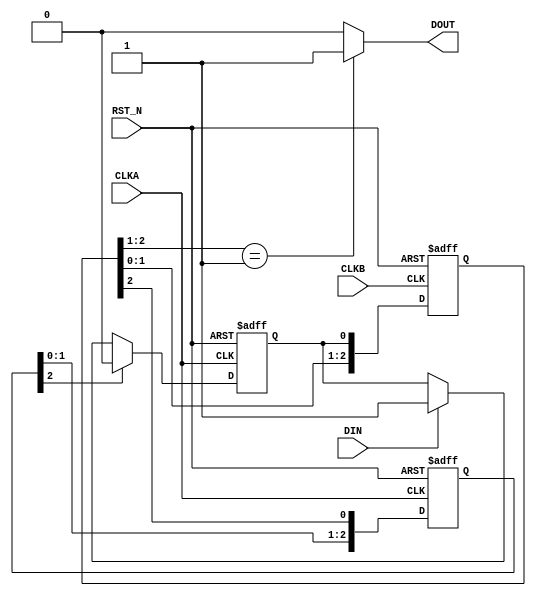
/*
 * Copyright (C)2014-2019 AQUAXIS TECHNOLOGY.
 *  Don't remove this header.
 * When you use this source, there is a need to inherit this header.
 *
 * License: MIT License
 *
 * For further information please contact.
 *	URI:    http://www.aquaxis.com/
 */
module aq_axi_sdma64_intreg
(
  input  RST_N,

  input  CLKA,
  input  DIN,

  input  CLKB,
  output DOUT
 );

  reg    data_in;
  reg [2:0] data_in_rst;
  reg [2:0] data_out;

  always @(posedge CLKA or negedge RST_N) begin
    if(!RST_N) begin
      data_in <= 1'b0;
      data_in_rst[2:0] <= 3'd0;
    end else begin
      if(data_in_rst[2]) begin
        data_in <= 1'b0;
      end else if(DIN) begin
        data_in <= 1'b1;
      end
      data_in_rst[2:0] <= {data_in_rst[1:0], data_out[2]};
    end
  end

  always @(posedge CLKB or negedge RST_N) begin
    if(!RST_N) begin
      data_out[2:0] <= 3'd0;
    end else begin
      data_out[2:0] <= {data_out[1:0], data_in};
    end
  end

  assign DOUT = (data_out[2:1] == 2'b01)?1'b1:1'b0;

endmodule